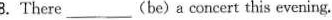
8.There ___ (be) a concert this evening.